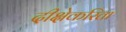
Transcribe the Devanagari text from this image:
दीक्षेकरिता